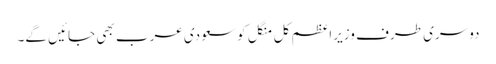
دوسری طرف وزیراعظم کل منگل کو سعودی عرب بھی جائیں گے۔